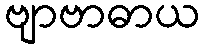
ဗျာဗာဓာယ